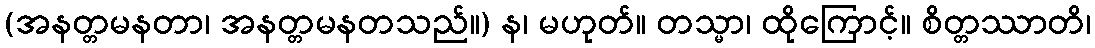
(အနတ္တမနတာ၊ အနတ္တမနတသည်။) န၊ မဟုတ်။ တသ္မာ၊ ထိုကြောင့်။ စိတ္တဿာတိ၊